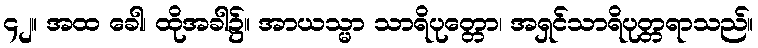
၄၂။ အထ ခေါ၊ ထိုအခါ၌။ အာယသ္မာ သာရိပုတ္တော၊ အရှင်သာရိပုတ္တရာသည်။